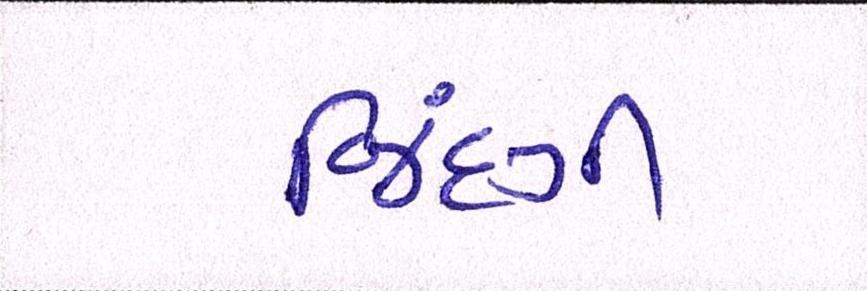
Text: જિંદગી